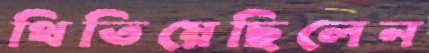
থিতিয়েছিলেন